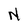
Character: N